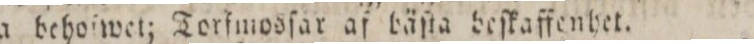
fulla behoſwet; Torfmosſar af bäſta beſkaffenhet.